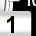
Digit: 1